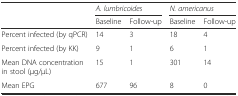
<table><thead><tr><td></td><td colspan="2"><b><i>A. lumbricoides</i></b></td><td colspan="2"><b><i>N. americanus</i></b></td></tr><tr><td></td><td><b>Baseline</b></td><td><b>Follow-up</b></td><td><b>Baseline</b></td><td><b>Follow-up</b></td></tr></thead><tbody><tr><td>Percent infected (by qPCR)</td><td>14</td><td>3</td><td>18</td><td>4</td></tr><tr><td>Percent infected (by KK)</td><td>9</td><td>1</td><td>6</td><td>1</td></tr><tr><td>Mean DNA concentration in stool (μg/μL)</td><td>15</td><td>1</td><td>301</td><td>14</td></tr><tr><td>Mean EPG</td><td>677</td><td>96</td><td>8</td><td>0</td></tr></tbody></table>